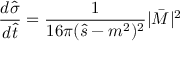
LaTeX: \frac { d \hat { \sigma } } { d \hat { t } } = \frac { 1 } { 1 6 \pi ( \hat { s } - m ^ { 2 } ) ^ { 2 } } | \bar { M } | ^ { 2 }